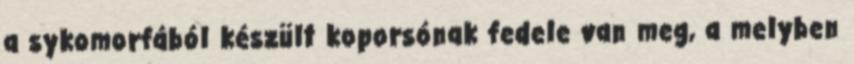
a sykomorfából készült koporsónak fedele van meg, a melyben